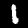
Label: 1